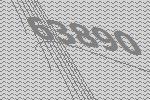
63890